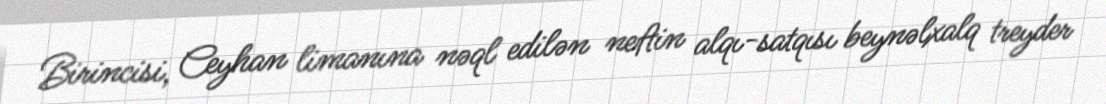
Birincisi, Ceyhan limanına nəql edilən neftin alqı-satqısı beynəlxalq treyder